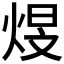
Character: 𪸻